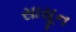
સાસૂન